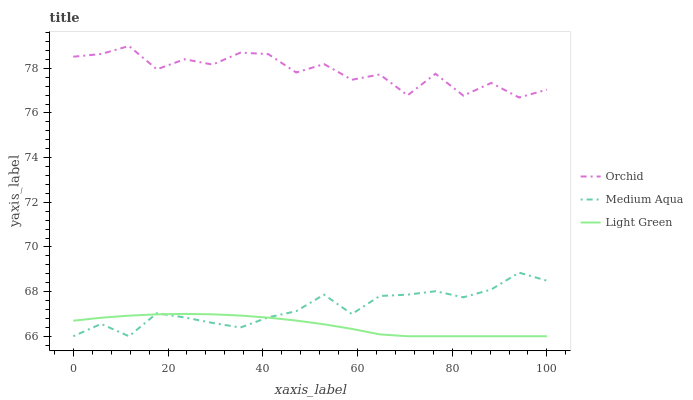
| xaxis_label | Orchid | Medium Aqua | Light Green |
 | --- | --- | --- | --- |
 | 0 | 78.5 | 66 | 66.7 |
 | 5.88 | 78.6 | 66.6 | 66.8 |
 | 11.8 | 79 | 66 | 66.9 |
 | 17.6 | 78 | 67 | 67 |
 | 23.5 | 78.4 | 66.8 | 67 |
 | 29.4 | 78.2 | 66.6 | 67 |
 | 35.3 | 78.7 | 66.4 | 66.9 |
 | 41.2 | 78.6 | 66.8 | 66.8 |
 | 47.1 | 77.8 | 67.1 | 66.7 |
 | 52.9 | 78.2 | 67.9 | 66.5 |
 | 58.8 | 77.5 | 67 | 66.3 |
 | 64.7 | 77.7 | 67.8 | 66.1 |
 | 70.6 | 76.8 | 67.9 | 66 |
 | 76.5 | 77.8 | 68 | 66 |
 | 82.4 | 76.8 | 67.7 | 66 |
 | 88.2 | 77.3 | 68.1 | 66 |
 | 94.1 | 76.7 | 68.8 | 66 |
 | 100 | 77 | 68.5 | 66 |